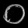
Digit: ၀